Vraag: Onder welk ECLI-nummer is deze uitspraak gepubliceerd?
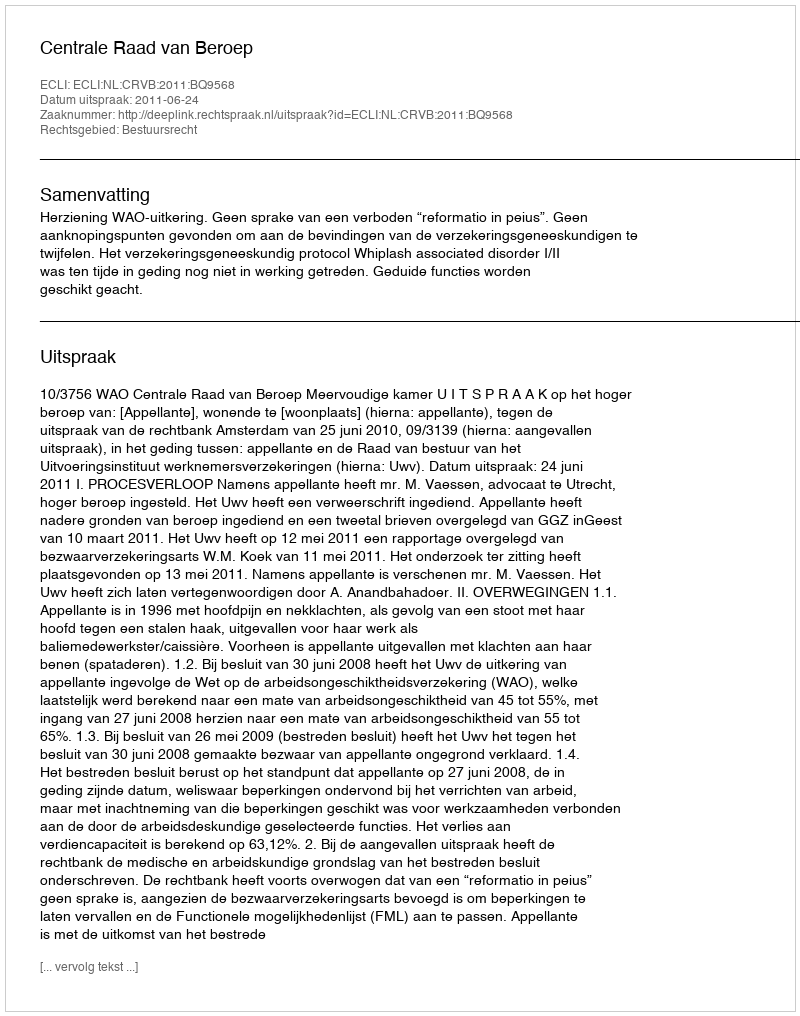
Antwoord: ECLI:NL:CRVB:2011:BQ9568